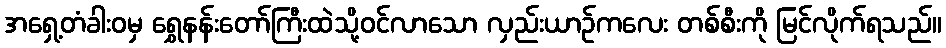
အရှေ့တံခါးဝမှ ရွှေနန်းတော်ကြီးထဲသို့ဝင်လာသော လှည်းယာဉ်ကလေး တစ်စီးကို မြင်လိုက်ရသည်။